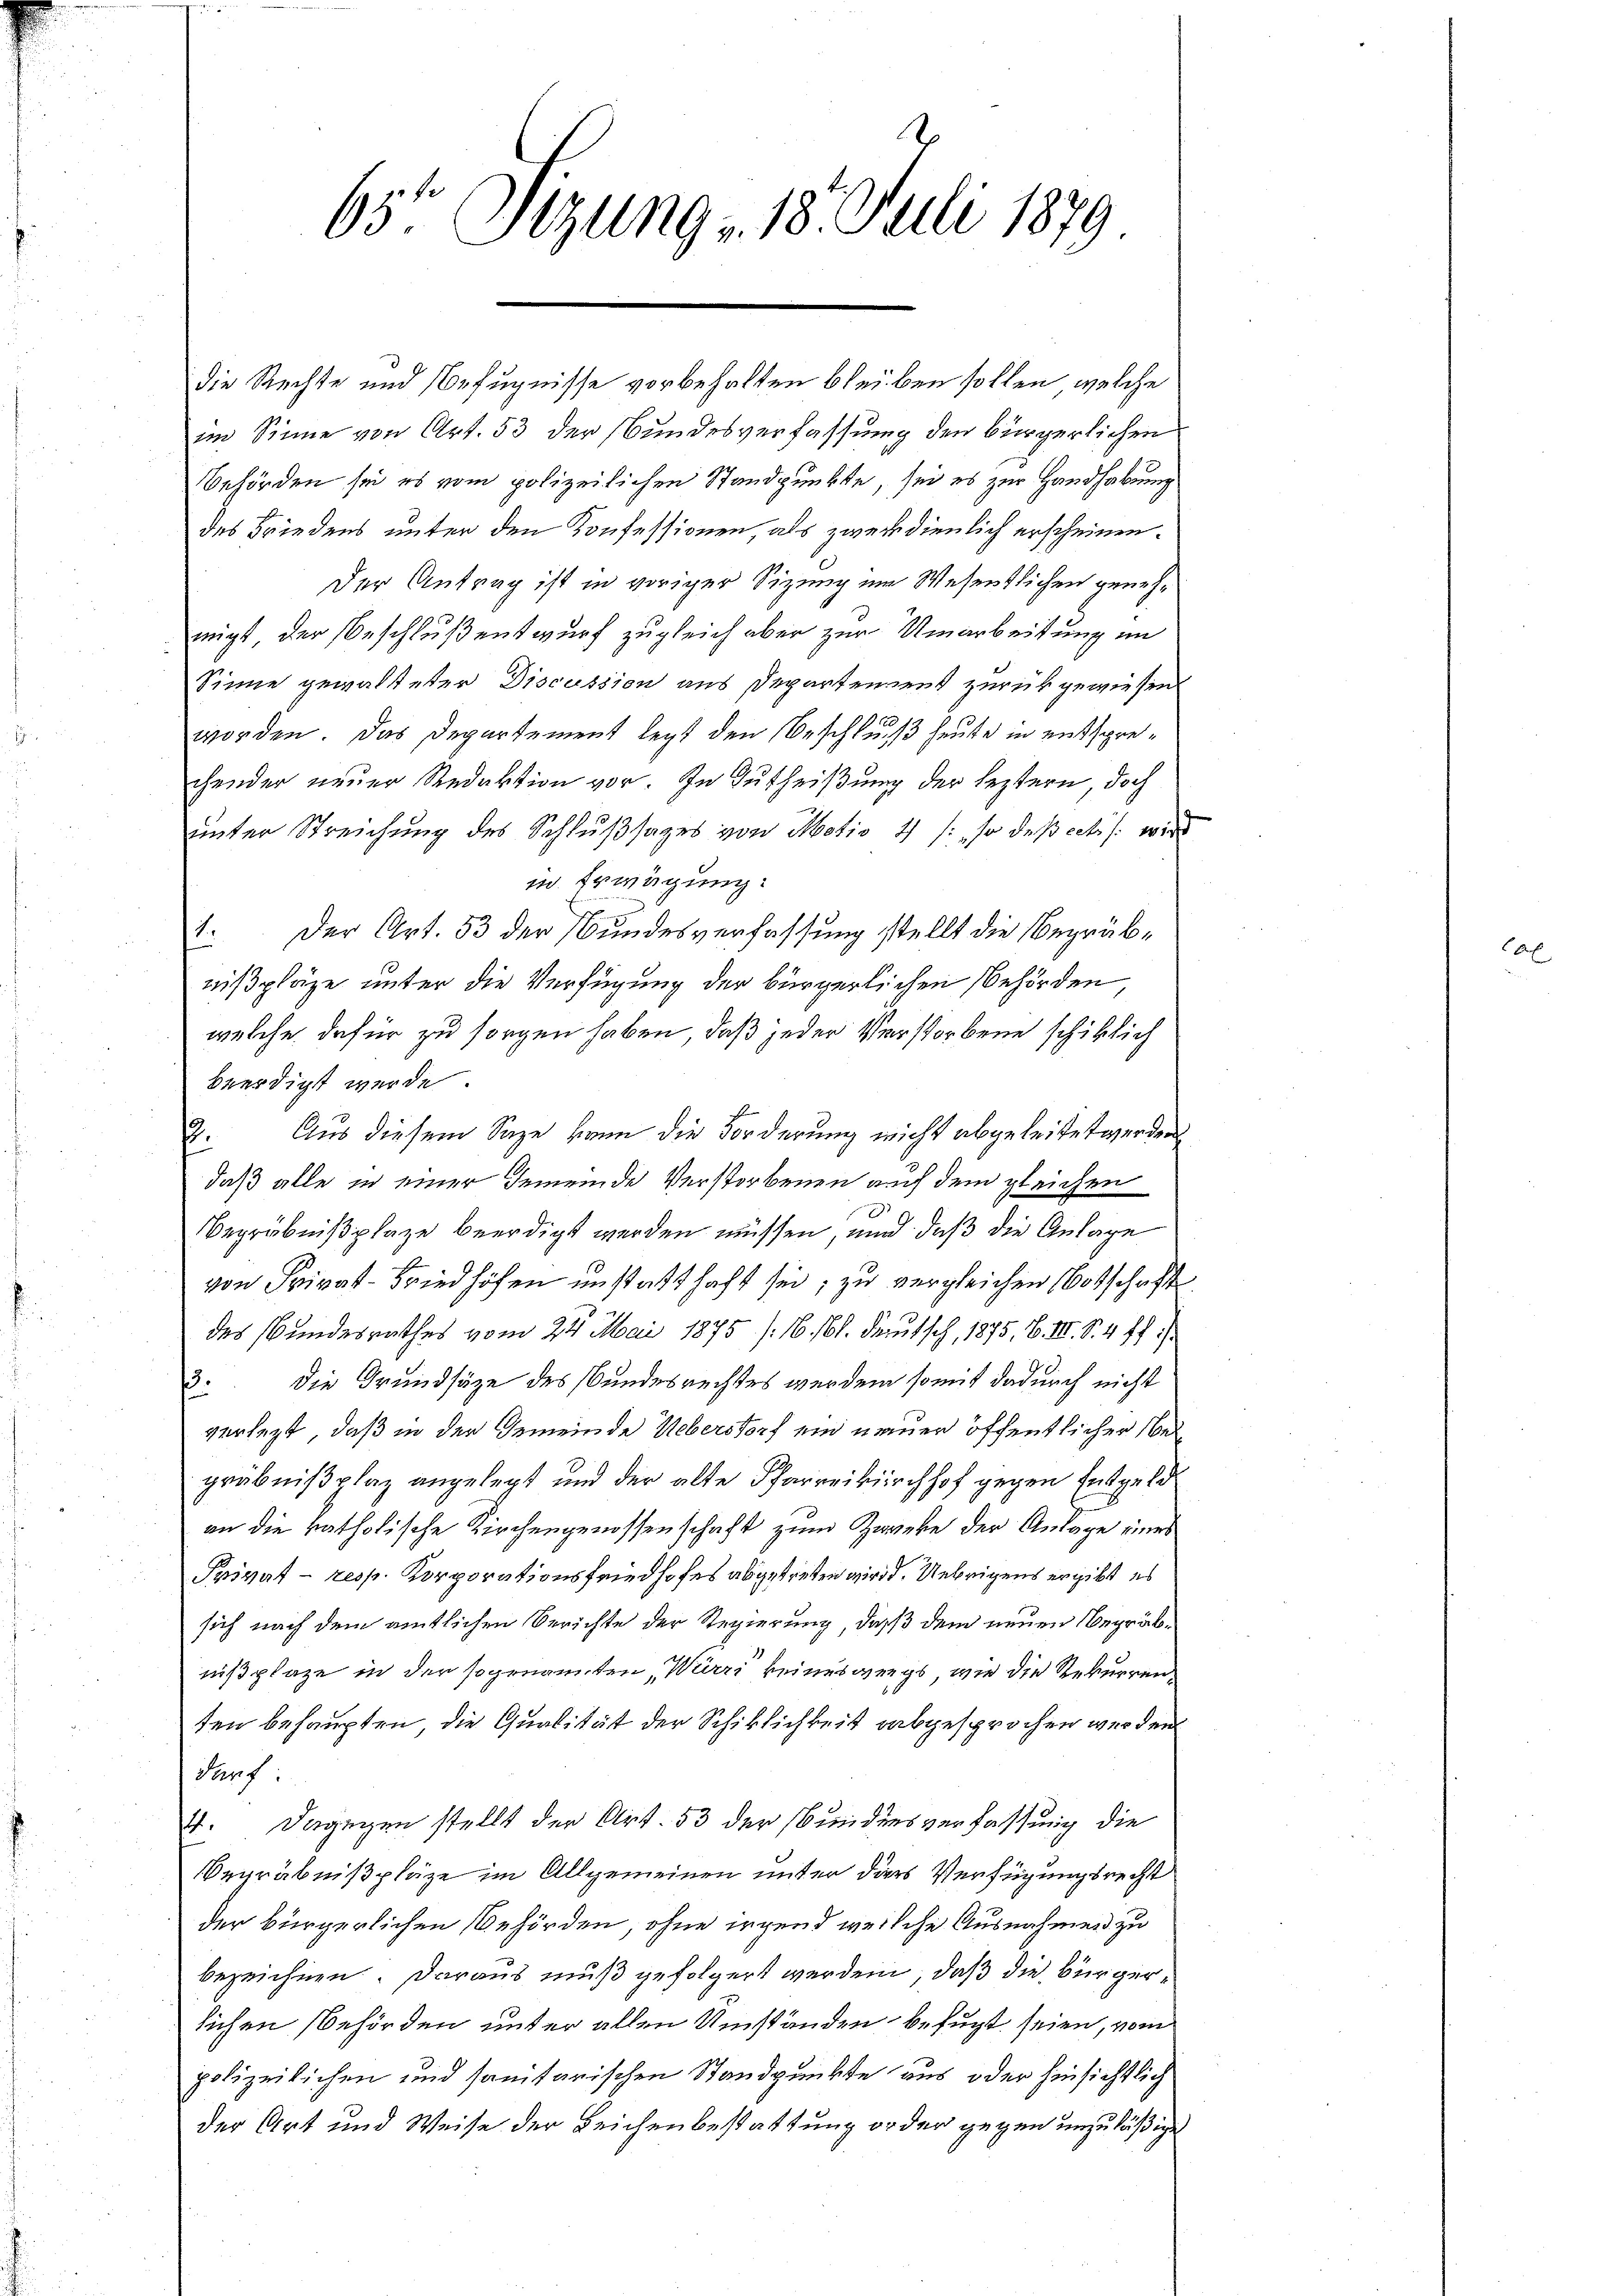
65te Sizung, 18. Juli 1879

die Rechte und Befugnisse vorbehalten bleiben sollen, welche
im Sinne von Art. 53 der Bundesverfassung den bürgerlichen
Behörden sei es vom polizeilichen Standpunkte, sei es zur Handhabung
des Friedens unter den Konfessionen, als zwendienlich erscheinen.
Der Antrag ist in voriger Sizung im Wesentlichen genehmigt der Beschluß entwurf zugleich aber zur Umarbeitung im
Sinne gewalteter Discussion aus Departement zurückgewiesen
worden. Das Departement legt den Beschluß heute in entsprechender neuer Redaktion vor. In Zutheißung der leztern, doch
unter Streichung des Schlußsages von Motiv 4 /: so daß eelis wird
in. Erwägung:
. Der Art. 53 der Bundesverfassung stellt die Begräbnißpläge unter die Verfügung der bürgerlichen Behörden,
welche dafür zu sorgen haben, daß jeder Verstorbene schiklich
beerdigt werde.
2. Aus diesem Sage kann die Forderung nicht abgeleitet werden.
daß alle in einer Gemeinde Verstorbenen auf dem gleichen
Begräbnißplaze beerdigt werden müssen, und daß die Anlage
von Privat-Friedhöfen unstatthaft sei, zu vergleichen Botschaft
des Bundesrathes vom 24. Mai 1875 (16. 61. Deutsch, 1875, B. III. S. 4 ff.).
die Grundsätze des Bundesrechtes werden somit dadurch nicht
¬
verlegt, daß in der Gemeinde Ueberstorf ein neuer öffentlicher Nordgräbnißplaz angelegt und der alte Pfarreikirchhof gegen Entgeld
an die katholische Kirchengenossenschaft zum Zwecke der Anlage eines
Privat- resp. Korporationsfriedhofes abgetreten wird. Uebrigens ergibt es
sich nach dem amtlichen Berichte der Regierung, daß dem neuen Begräbnißplaze in der sogenannten, Würri keineswegs, wie die Rekurrenten behaupten, die Qualität der Schiklichkeit abgesprochen werden
darf.
71. Dagegen stellt der Art. 53 der Bundesverfassung die
Begräbnißpläge im Allgemeinen unter dies Verfügungsrecht
der bürgerlichen Behörden, ohne irgend weilche Ausnahmen zu
bezeichnen. Daraus muß gefolgert werden, daß die Bürgerlichen Behörden unter allen Umständen befugt seien, vom
polizeilichen und sanitarischen Standpunkte aus oder hinsichtlich
der Art und Weise der Leichenbestattung order gegen unzuläßige